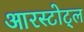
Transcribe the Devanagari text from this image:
आरस्टोट्ल